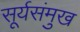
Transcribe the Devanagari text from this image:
सूर्यसंमुख